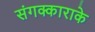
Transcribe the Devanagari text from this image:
संगक्काराके